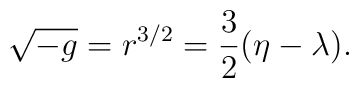
\sqrt{-g} = r^{3/2} = {3\over 2} (\eta-\lambda).